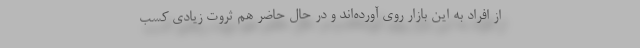
از افراد به این بازار روی آورده‌اند و در حال حاضر هم ثروت زیادی کسب